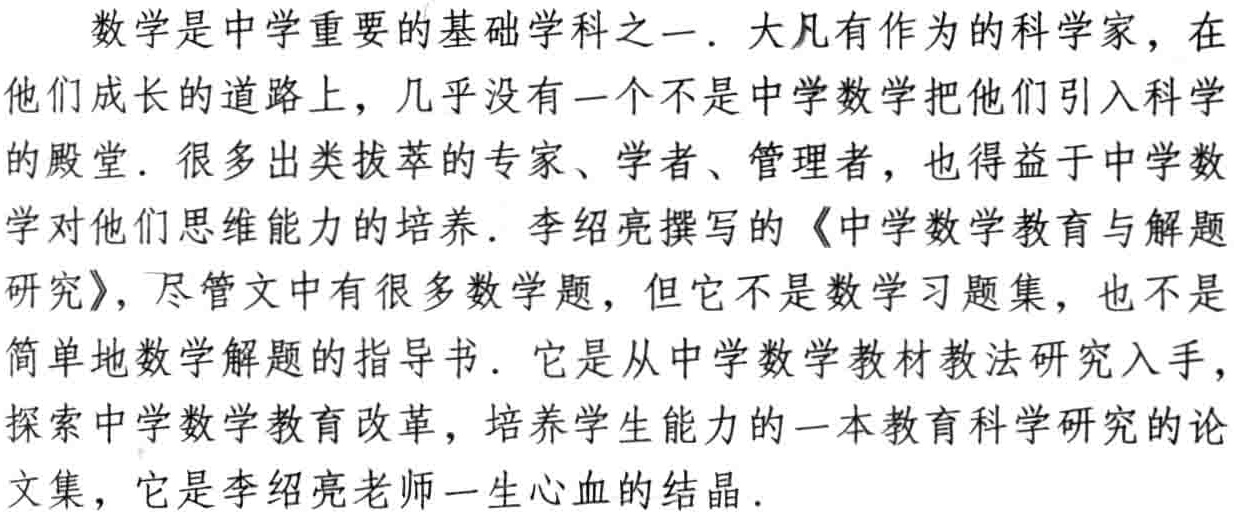
数学是中学重要的基础学科之一. 大凡有作为的科学家，在他们成长的道路上，几乎没有一个不是中学数学把他们引入科学的殿堂. 很多出类拔萃的专家、学者、管理者，也得益于中学数学对他们思维能力的培养. 李绍亮撰写的《中学数学教育与解题研究》，尽管文中有很多数学题，但它不是数学习题集，也不是简单地数学解题的指导书. 它是从中学数学教材教法研究入手，探索中学数学教育改革，培养学生能力的一本教育科学研究的论文集，它是李绍亮老师一生心血的结晶.